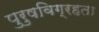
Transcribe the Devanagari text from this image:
पुरुषविग्रहता